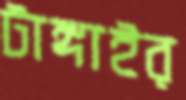
টাঙ্গাইর